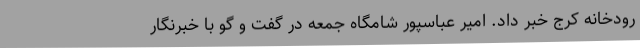
رودخانه کرج خبر داد. امیر عباسپور شامگاه جمعه در گفت و گو با خبرنگار